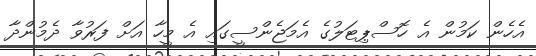
އެހެން ކަމުން އެ ހޮސްޕިޓަލުގެ އެމަޖެންސީގައި އެ މީހާ އަށް ފަރުވާ ދެމުންދާ